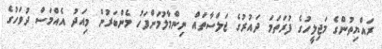
ރައްޔިތުންގެ މަޖިލީހުގެ ފުރަތަމަ ދައުރުގެ ޖަލްސާތައް ނިންމާލުމަށްފަހު މެންބަރުން މިއަދު އެއްމަސް ދުވަހުގެ